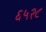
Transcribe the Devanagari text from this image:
६५२८